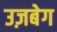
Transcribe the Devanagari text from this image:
उज़बेग